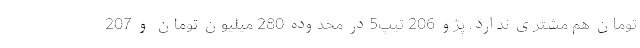
تومان هم مشتری ندارد. پژو 206 تیپ5در محدوده 280 میلیون تومان و 207